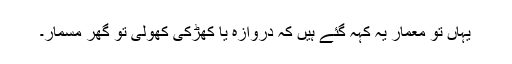
یہاں تو معمار یہ کہہ گئے ہیں کہ دروازہ یا کھڑکی کھولی تو گھر مسمار۔